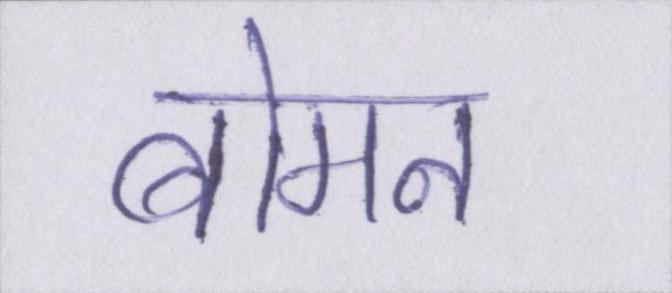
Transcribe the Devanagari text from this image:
बोमन